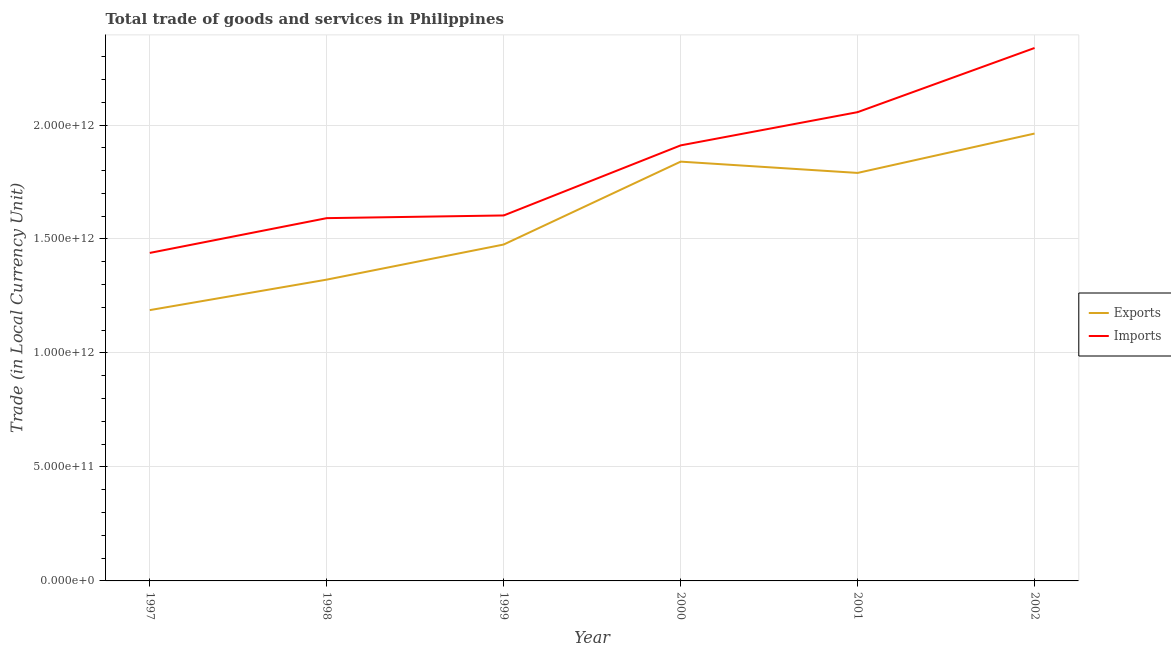
| Year | Exports | Imports |
 | --- | --- | --- |
 | 1997 | 1.19e+12 | 1.44e+12 |
 | 1998 | 1.32e+12 | 1.59e+12 |
 | 1999 | 1.48e+12 | 1.6e+12 |
 | 2000 | 1.84e+12 | 1.91e+12 |
 | 2001 | 1.79e+12 | 2.06e+12 |
 | 2002 | 1.96e+12 | 2.34e+12 |